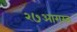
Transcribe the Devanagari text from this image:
२७आगस्त